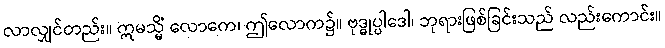
လာလျှင်တည်း။ ဣမသ္မိံ လောကေ၊ ဤလောက၌။ ဗုဒ္ဓုပ္ပါဒေါ၊ ဘုရားဖြစ်ခြင်းသည် လည်းကောင်း။